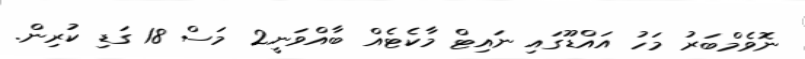
ނޮވެމްބަރު މަހު އައްޑޫގައި ނައިޓް މާކެޓެއް ބާއްވަނީ2 މަސް 18 ގަޑި ކުރިން.